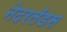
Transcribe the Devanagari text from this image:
नेदरलँडस